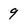
Character: 9